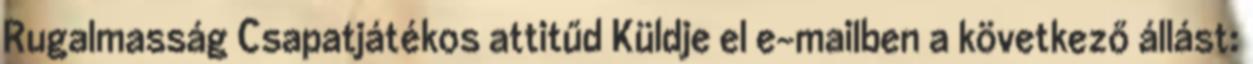
Rugalmasság Csapatjátékos attitűd Küldje el e-mailben a következő állást: